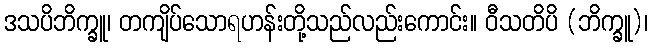
ဒသပိဘိက္ခူ၊ တကျိပ်သောရဟန်းတို့သည်လည်းကောင်း။ ဝီသတိပိ (ဘိက္ခူ)၊